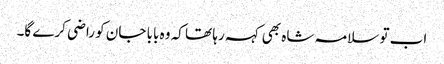
اب تو سلامہ شاہ بھی کہہ رہا تھا کہ وہ بابا جان کو راضی کرے گا۔